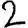
Digit: 2